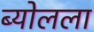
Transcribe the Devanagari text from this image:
ब्योलला